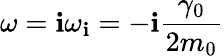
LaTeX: \omega=\mathbf{i}\omega_{\mathbf{i}}=-\mathbf{i}\frac{{\gamma_{0}}}{{2m_{0}}}